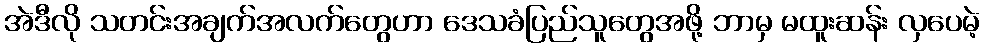
အဲဒီလို သတင်းအချက်အလက်တွေဟာ ဒေသခံပြည်သူတွေအဖို့ ဘာမှ မထူးဆန်း လှပေမဲ့